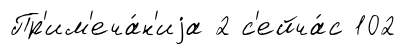
Пр'им'еча́н'иjа 2 с'ейча́с 102